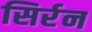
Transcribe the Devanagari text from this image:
सिर्रन